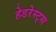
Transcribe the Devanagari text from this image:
हेडरेस्ट्स